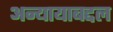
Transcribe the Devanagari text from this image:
अन्यायाबद्दल